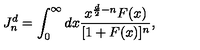
J _ { n } ^ { d } = \int _ { 0 } ^ { \infty } d x \frac { x ^ { \frac { d } { 2 } - n } F ( x ) } { [ 1 + F ( x ) ] ^ { n } } ,